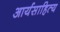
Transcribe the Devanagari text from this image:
आर्यसाहित्य